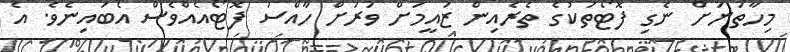
މިހާތަނަށް ނެގި ފޮޓޯތަކުގެ ތެރެއިން ޒައީމަށް ވަރަށް ހާއްސަ ފޮޓޯއެއްވެސް އެބައިނެވެ. އެ